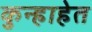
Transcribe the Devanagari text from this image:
कुन्हाहेत